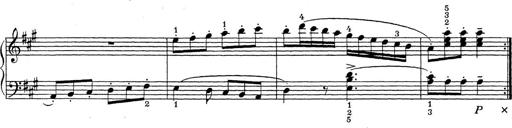
Title: ÄŒeskÃ© Sonatiny
Composer: Various